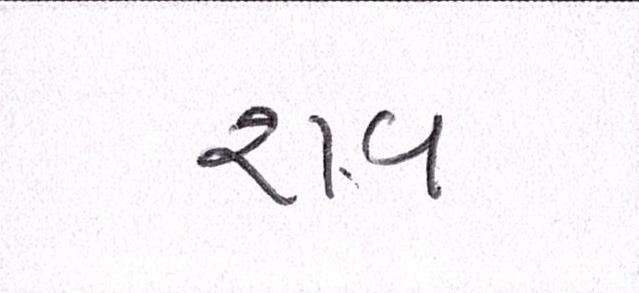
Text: રાવ